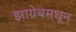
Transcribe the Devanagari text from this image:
झाग्रेबमधून